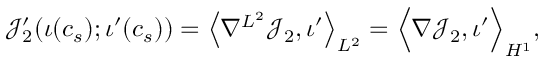
\mathcal { J } _ { 2 } ^ { \prime } ( \iota ( c _ { s } ) ; \iota ^ { \prime } ( c _ { s } ) ) = \left\langle \nabla ^ { L ^ { 2 } } \mathcal { J } _ { 2 } , \iota ^ { \prime } \right\rangle _ { L ^ { 2 } } = \Big \langle \nabla \mathcal { J } _ { 2 } , \iota ^ { \prime } \Big \rangle _ { H ^ { 1 } } ,